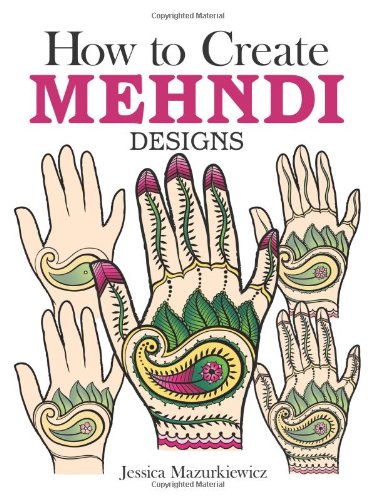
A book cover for How to Create Mehndi Designs (Dover Fun and Games for Children); Jessica Mazurkiewicz; Teen & Young Adult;